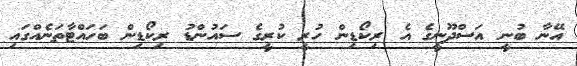
އޭނާ ބުނީ އަސްދޫނީގެ އެ ރިކޯޑިން ހުރީ ކުރީގެ ސައުންޑު ރިކޯޑިން ބަހައްޓާތަނެއްގައި